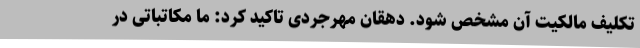
تکلیف مالکیت آن مشخص شود. دهقان مهرجردی تاکید کرد: ما مکاتباتی در